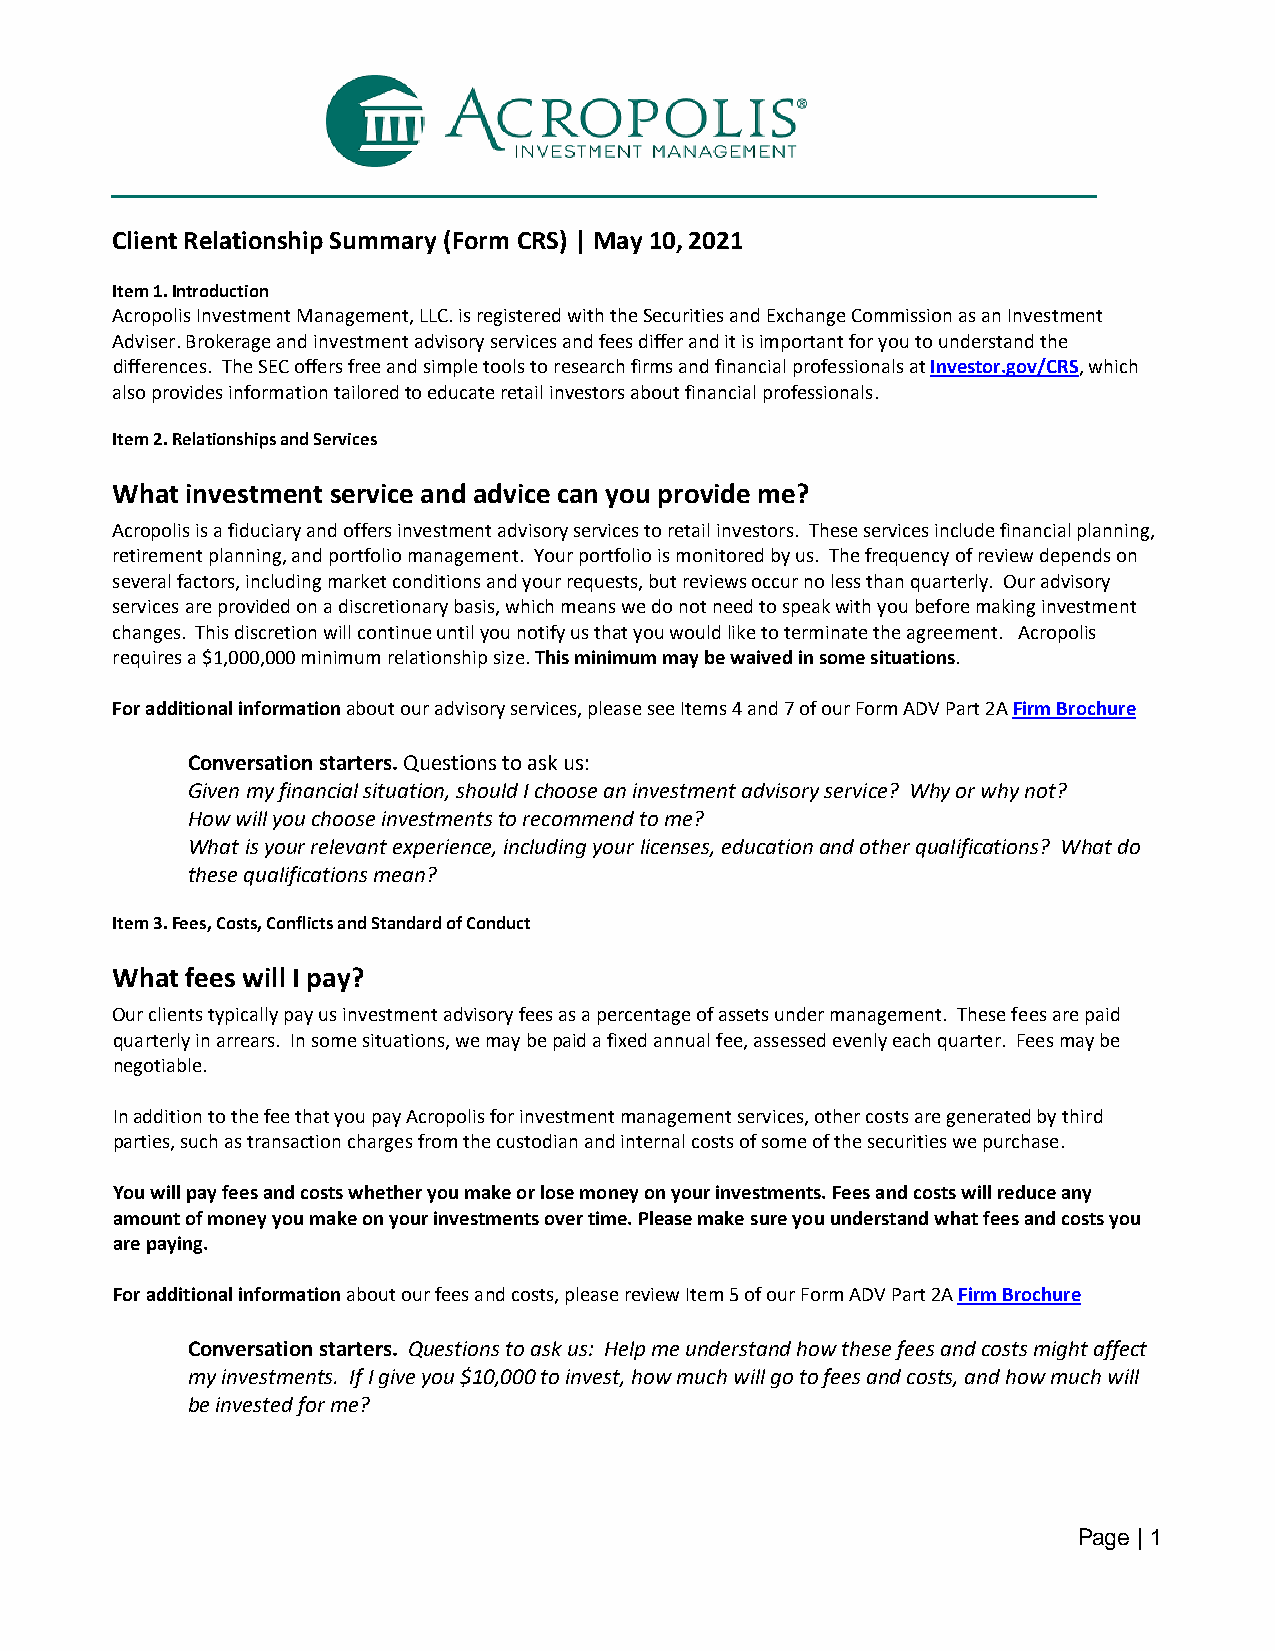
Client Relationship Summary (Form CRS) | May 10, 2021
 Item 1. Introduction
 Acropolis Investment Management, LLC. is registered with the Securities and Exchange Commission as an Investment
 Adviser. Brokerage and investment advisory services and fees differ and it is important for you to understand the
 differences. The SEC offers free and simple tools to research firms and financial professionals at Investor.gov/CRS, which
 also provides information tailored to educate retail investors about financial professionals.
 Item 2. Relationships and Services
 What investment service and advice can you provide me?
 Acropolis is a fiduciary and offers investment advisory services to retail investors. These services include financial planning,
 retirement planning, and portfolio management. Your portfolio is monitored by us. The frequency of review depends on
 several factors, including market conditions and your requests, but reviews occur no less than quarterly. Our advisory
 services are provided on a discretionary basis, which means we do not need to speak with you before making investment
 changes. This discretion will continue until you notify us that you would like to terminate the agreement. Acropolis
 requires a $1,000,000 minimum relationship size. This minimum may be waived in some situations.
 For additional information about our advisory services, please see Items 4 and 7 of our Form ADV Part 2A Firm Brochure
 Conversation starters. Questions to ask us:
 Given my financial situation, should I choose an investment advisory service? Why or why not?
 How will you choose investments to recommend to me?
 What is your relevant experience, including your licenses, education and other qualifications? What do
 these qualifications mean?
 Item 3. Fees, Costs, Conflicts and Standard of Conduct
 What fees will I pay?
 Our clients typically pay us investment advisory fees as a percentage of assets under management. These fees are paid
 quarterly in arrears. In some situations, we may be paid a fixed annual fee, assessed evenly each quarter. Fees may be
 negotiable.
 In addition to the fee that you pay Acropolis for investment management services, other costs are generated by third
 parties, such as transaction charges from the custodian and internal costs of some of the securities we purchase.
 You will pay fees and costs whether you make or lose money on your investments. Fees and costs will reduce any
 amount of money you make on your investments over time. Please make sure you understand what fees and costs you
 are paying.
 For additional information about our fees and costs, please review Item 5 of our Form ADV Part 2A Firm Brochure
 Conversation starters. Questions to ask us: Help me understand how these fees and costs might affect
 my investments. If I give you $10,000 to invest, how much will go to fees and costs, and how much will
 be invested for me?
 Page | 1